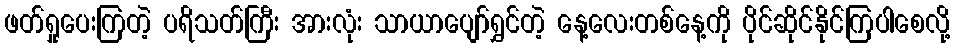
ဖတ်ရှုပေးကြတဲ့ ပရိသတ်ကြီး အားလုံး သာယာပျော်ရွှင်တဲ့ နေ့လေးတစ်နေ့ကို ပိုင်ဆိုင်နိုင်ကြပါစေလို့